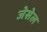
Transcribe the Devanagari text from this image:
जेसेल